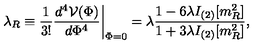
\lambda _ { R } \equiv { \frac { 1 } { 3 ! } } { \frac { d ^ { 4 } { \cal V } ( \Phi ) } { d \Phi ^ { 4 } } } \biggr | _ { \Phi = 0 } = \lambda { \frac { 1 - 6 \lambda I _ { ( 2 ) } [ m _ { R } ^ { 2 } ] } { 1 + 3 \lambda I _ { ( 2 ) } [ m _ { R } ^ { 2 } ] } } ,